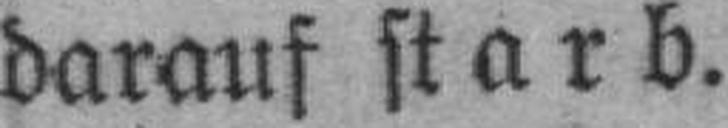
darauf starb.